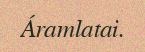
Áramlatai.